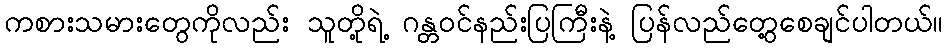
ကစားသမားတွေကိုလည်း သူတို့ရဲ့ ဂန္တဝင်နည်းပြကြီးနဲ့ ပြန်လည်တွေ့စေချင်ပါတယ်။